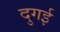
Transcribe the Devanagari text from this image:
दुगई